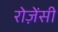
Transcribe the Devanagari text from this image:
रोज़ेंसी